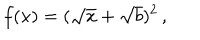
LaTeX: f ( x ) = ( \sqrt { x } + \sqrt { b } ) ^ { 2 } \, ,